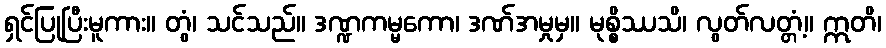
ရှင်ပြုပြီးမူကား။ တွံ၊ သင်သည်။ ဒဏ္ဍကမ္မကော၊ ဒဏ်အမှုမှ။ မုစ္စိဿသိ၊ လွတ်လတ္တံ့။ ဣတိ၊